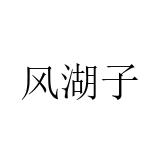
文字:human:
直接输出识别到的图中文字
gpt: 风湖子